Morphology and life history of Herpetomonas culicis, Novy, MacNeal and Torrey - Number 57
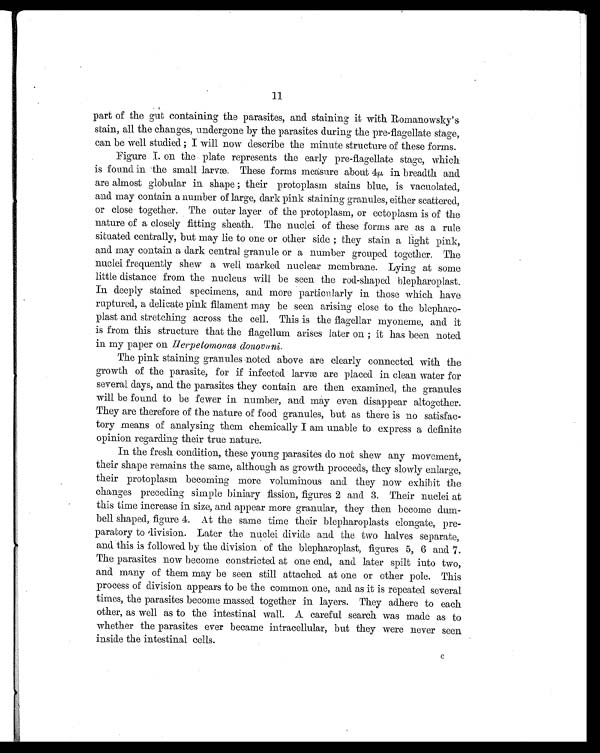
11
part of the gut containing the parasites, and staining it with. Romanowsky's
stain, all the changes, undergone by the parasites during the pre-flagellate stage,
can be well studied ; I will now describe the minute structure of these forms.
Figure I. on the plate represents the early pre-flagellate stage, which
is found in the small larvæ. These forms measure about 4 α in breadth and
are almost globular in shape ; their protoplasm stains blue, is vacuolated,
and may contain a number of large, dark pink staining granules, either scattered,
or close together. The outer layer of the protoplasm, or ectoplasm is of the
nature of a closely fitting sheath. The nuclei of these forms are as a rule
situated centrally, but may lie to one or other side ; they stain a light pink,
and may contain a dark central granule or a number grouped together. The
nuclei frequently shew a well marked nuclear membrane. Lying at some
little distance from the nucleus will be seen the rod-shaped blepharoplast.
In deeply stained specimens, and more particularly in those which have
ruptured, a delicate pink filament may be seen arising close to the blepharo-
plast and stretching across the cell. This is the flagellar myoneme, and it
is from this structure that the flagellum arises later on ; it has been noted
in my paper on Herpetomonas donovani.
The pink staining granules noted above are clearly connected with the
growth of the parasite, for if infected larvæ are placed in clean water for
several days, and the parasites they contain are then examined, the granules
will be found to be fewer in number, and may even disappear altogether.
They are therefore of the nature of food granules, but as there is no satisfac-
tory means of analysing them chemically I am unable to express a definite
opinion regarding their true nature.
In the fresh condition, these young parasites do not shew any movement,
their shape remains the same, although as growth proceeds, they slowly enlarge,
their protoplasm becoming more voluminous and they now exhibit the
changes preceding simple biniary fission, figures 2 and 3. Their nuclei at
this time increase in size, and appear more granular, they then become dum-
bell shaped, figure 4. At the same time their blepharoplasts elongate, pre-
paratory to division. Later the nuclei divide and the two halves separate,
and this is followed by the division of the blepharoplast, figures 5, 6 and 7.
The parasites now become constricted at one end, and later spilt into two,
and many of them may be seen still attached at one or other pole. This
process of division appears to be the common one, and as it is repeated several
times, the parasites become massed together in layers. They adhere to each
other, as well as to the intestinal wall. A careful search was made as to
whether the parasites ever became intracellular, but they were never seen
inside the intestinal cells.
c